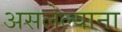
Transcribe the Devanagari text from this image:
असलेल्याना